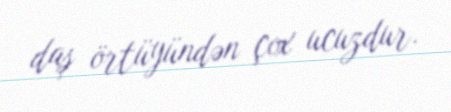
daş örtüyündən çox ucuzdur.